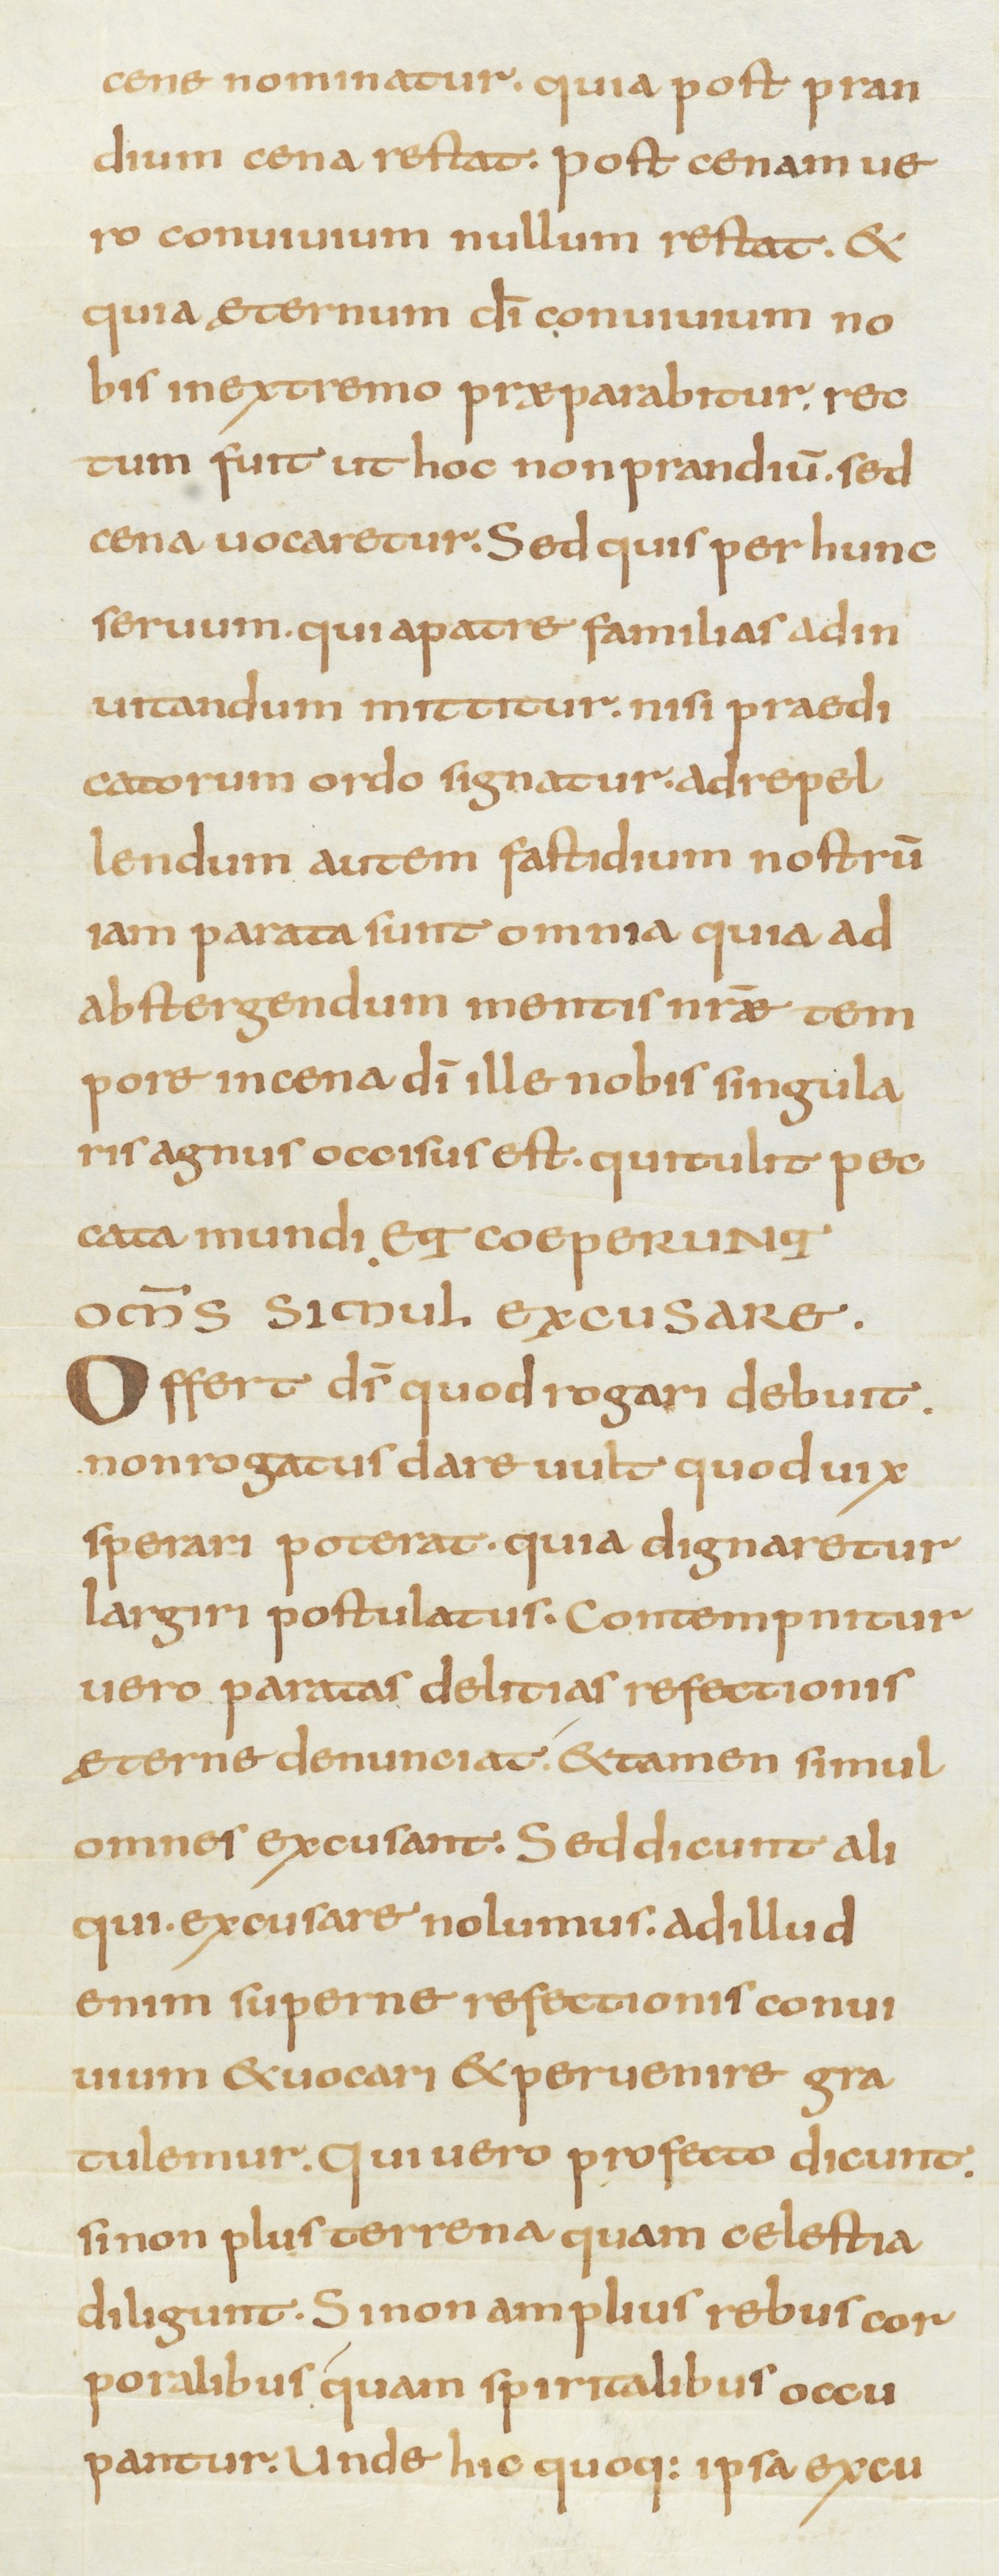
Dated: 800–899